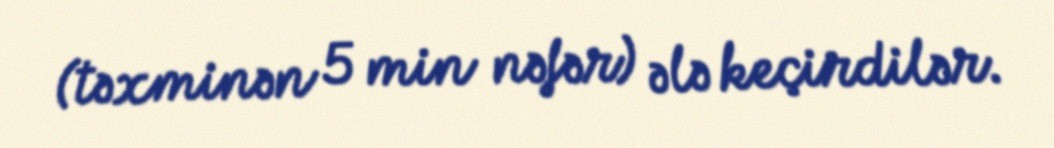
(təxminən 5 min nəfər) ələ keçirdilər.